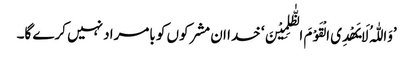
’وَاللّٰہُ لَا یَھْدِی الْقَوْمَ الظّٰلِمِیْنَ‘ خدا ان مشرکوں کو بامراد نہیں کرے گا۔